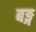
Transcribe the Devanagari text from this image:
बङ्ग